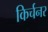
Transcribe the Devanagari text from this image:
किर्चनर